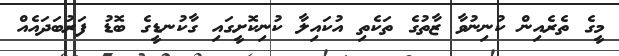
މީގެ ތެރެއިން ކުނިނުވާ ޒާތުގެ ތަކެތި އުކައިލާ ކުނިކޮށީގައި ގާކުނޑީގެ ބޮޑު ފަރުބަދައެއް